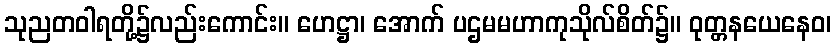
သုညတဝါရတို့၌လည်းကောင်း။ ဟေဋ္ဌာ၊ အောက် ပဌမမဟာကုသိုလ်စိတ်၌။ ဝုတ္တနယေနေဝ၊